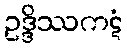
ဥဒ္ဒိဿကဋံ